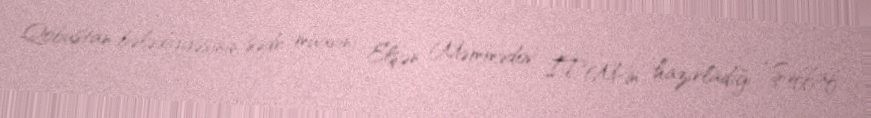
Qobustan bələdiyyəsinin sədr müavini Elşən Məmmədov İTM-in hazırladığı “Şəffaf